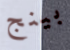
بينج